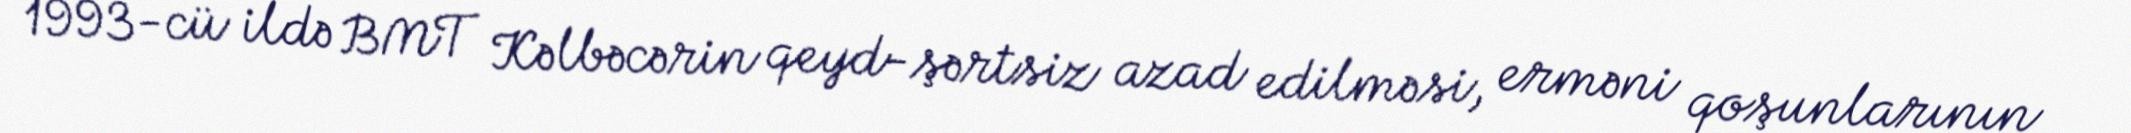
1993-cü ildə BMT Kəlbəcərin qeyd-şərtsiz azad edilməsi, erməni qoşunlarının